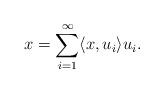
LaTeX: \begin{align*} x=\sum_{i=1}^\infty \langle x,u_i\rangle u_i.\end{align*}